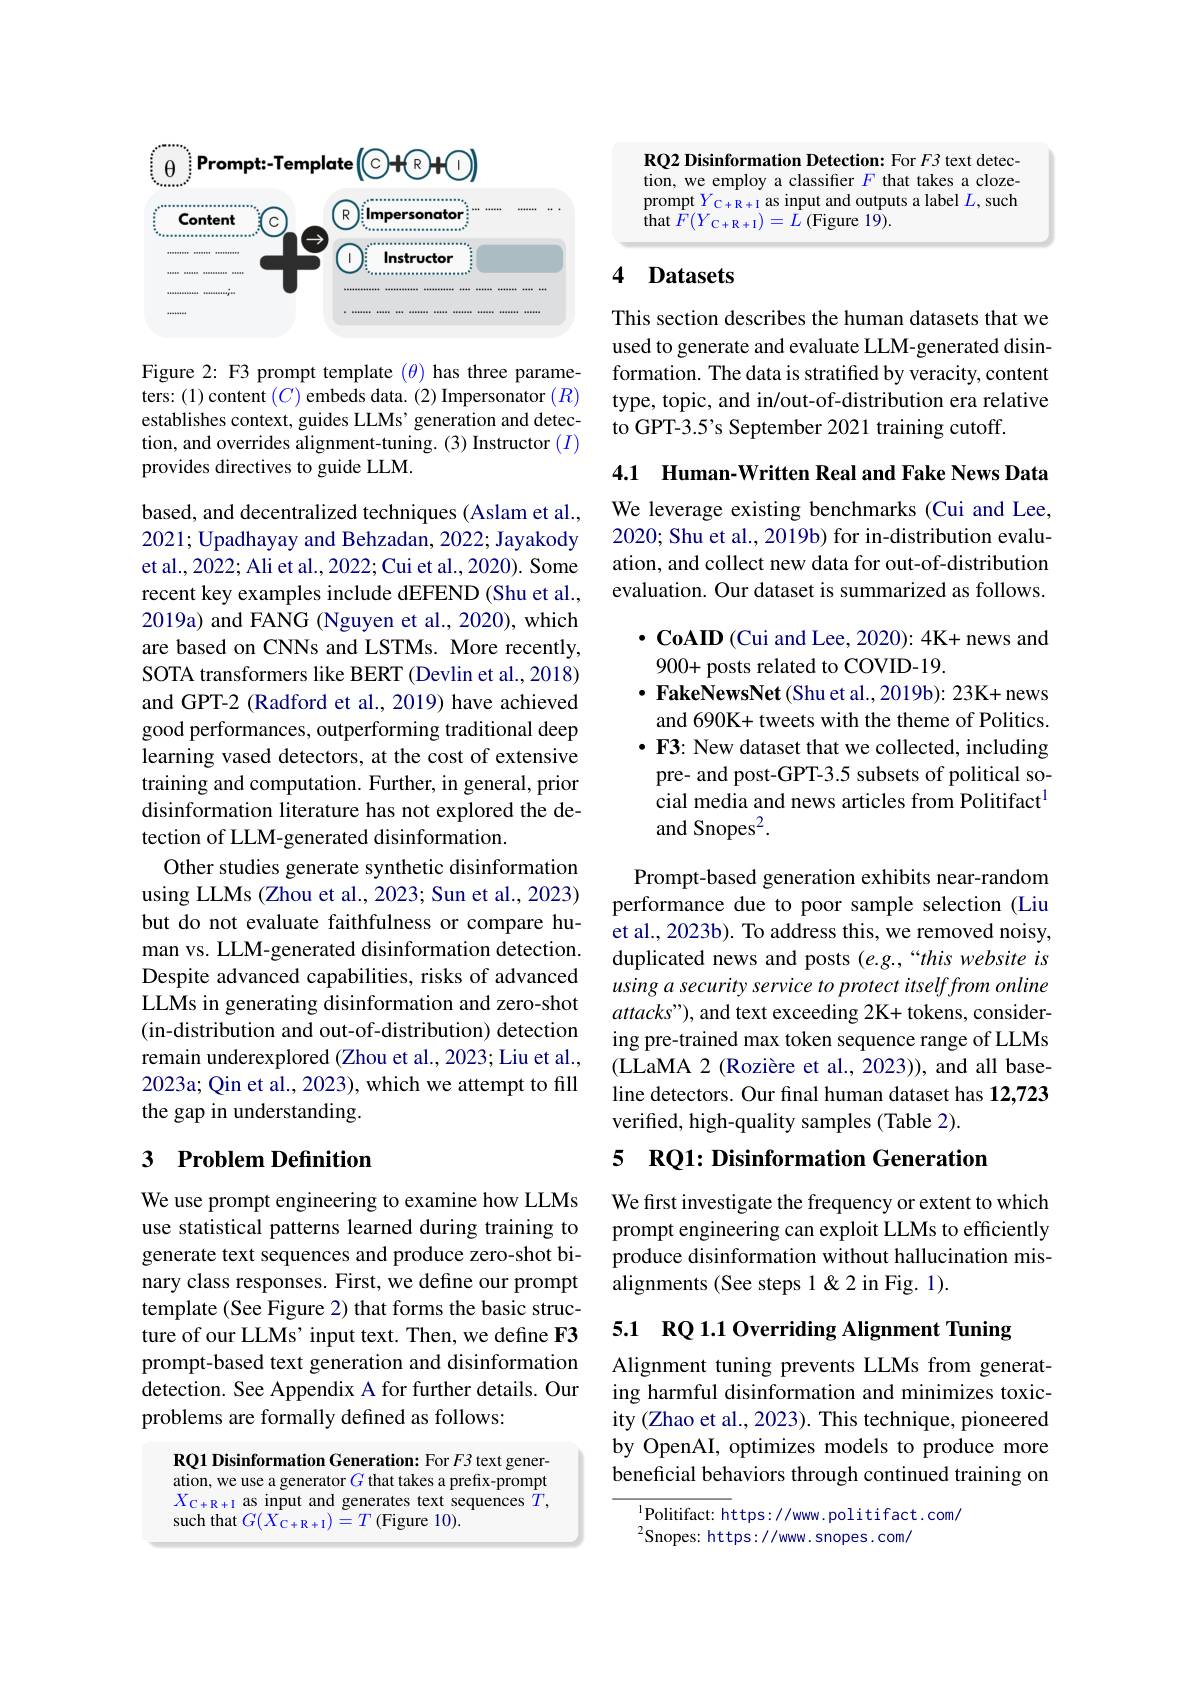
<FigureHere>

Figure 2: F3 prompt template $\color{red}{(\theta)}$ has three parameters: (1)content $(C)$ embeds data. (2) Impersonator $(R)$ establishes context, guides LLMs' generation and detection, and overrides alignment-tuning. (3) Instructor ($I)$ provides directives to guide LLM.

based, and decentralized techniques (Aslam et al., 2021; Upadhayay and Behzadan, 2022; Jayakody et al., 2022; Ali et al., 2022; Cui et al., 2020). Some recent key examples include dEFEND (Shu et al., 2019a) and FANG (Nguyen et al., 2020), which are based on CNNs and LSTMs. More recently, SOTA transformers like BERT (Devlin et al., 2018) and GPT-2 (Radford et al., 2019) have achieved good performances, outperforming traditional deep learning vased detectors, at the cost of extensive training and computation. Further, in general, prior disinformation literature has not explored the detection of LLM-generated disinformation.
Other studies generate synthetic disinformation using LLMs (Zhou et al., 2023; Sun et al., 2023) but do not evaluate faithfulness or compare human vs. LLM-generated disinformation detection Despite advanced capabilities, risks of advanced LLMs in generating disinformation and zero-shot (in-distribution and out-of-distribution) detection remain underexplored (Zhou et al., 2023; Liu et al., 2023a; Qin et al., 2023), which we attempt to fill the gap in understanding.

## 3 $\textbf{Problem Definition}$

We use prompt engineering to examine how LLMs use statistical patterns learned during training to generate text sequences and produce zero-shot binary class responses. First, we define our prompt template (See Figure 2) that forms the basic structure of our LLMs' input text. Then, we define F3 prompt-based text generation and disinformation detection. See Appendix A for further details. Our problems are formally defined as follows:

RQ1 Disinformation Generation: For F3 text generation, we use a generator $G$ that takes a prefix-prompt $X_{\mathrm{C+R+I~as~input~and~generates~text~sequences~}}T$, such that $G(X_{\mathrm{C}+\mathrm{R}+\mathrm{I}})=T$ (Figure 10).

RQ2 Disinformation Detection: For $F3$ text detection, we employ a classifier $F$ that takes a clozeprompt $Y_{\mathrm{C+R+I~as~input~and~outputs~a~label~}}L$,such ${\mathrm{that~}}{\dot{F}}(Y_{\mathrm{C+R+I}})={\dot{L}}({\mathrm{Figure~19}}).$

# 4 Datasets

This section describes the human datasets that we used to generate and evaluate LLM-generated disinformation. The data is stratified by veracity, content type, topic, and in/out-of-distribution era relative to GPT-3.5's September 2021 training cutoff.

4.1 Human-Written Real and Fake News Data

We leverage existing benchmarks (Cui and Lee, 2020; Shu et al., 2019b) for in-distribution evaluation, and collect new data for out-of-distribution evaluation. Our dataset is summarized as follows.

$\cdot$CoAID ( Cui and Lee, 2020) : 4K+ news and
900+ posts related to COVID-19.
$\cdot$ FakeNewsNet (Shu et al.,2019b): 23K+ news and 690K+ tweets with the theme of Politics. $\cdot$ F3: New dataset that we collected, including pre- and post-GPT-3.5 subsets of political social media and news articles from Politifact$^{1}$ and Snopes$^2.$

Prompt-based generation exhibits near-random performance due to poor sample selection (Liu et al., 2023b). To address this, we removed noisy, duplicated news and posts (e.g.,“this website is using a security service to protect itself from online $attacks")$, and text exceeding 2K+ tokens, considering pre-trained max token sequence range of LLMs (LLaMA 2 (Rozière et al., 2023)), and all baseline detectors. Our fınal human dataset has 12,723 verified, high-quality samples (Table 2).

## 5 RQ1: Disinformation Generation

We first investigate the frequency or extent to which prompt engineering can exploit LLMs to efficiently produce disinformation without hallucination misalignments (See steps 1&2 in Fig. 1).

5.1 RQ 1.1 Overriding Alignment Tuning

Alignment tuning prevents LLMs from generating harmful disinformation and minimizes toxicity (Zhao et al., 2023). This technique, pioneered by OpenAI, optimizes models to produce more beneficial behaviors through continued training on

$^{1}$Politifact: https://www.politifact.com/
$^{2}$Snopes: https: //www. snopes.com/